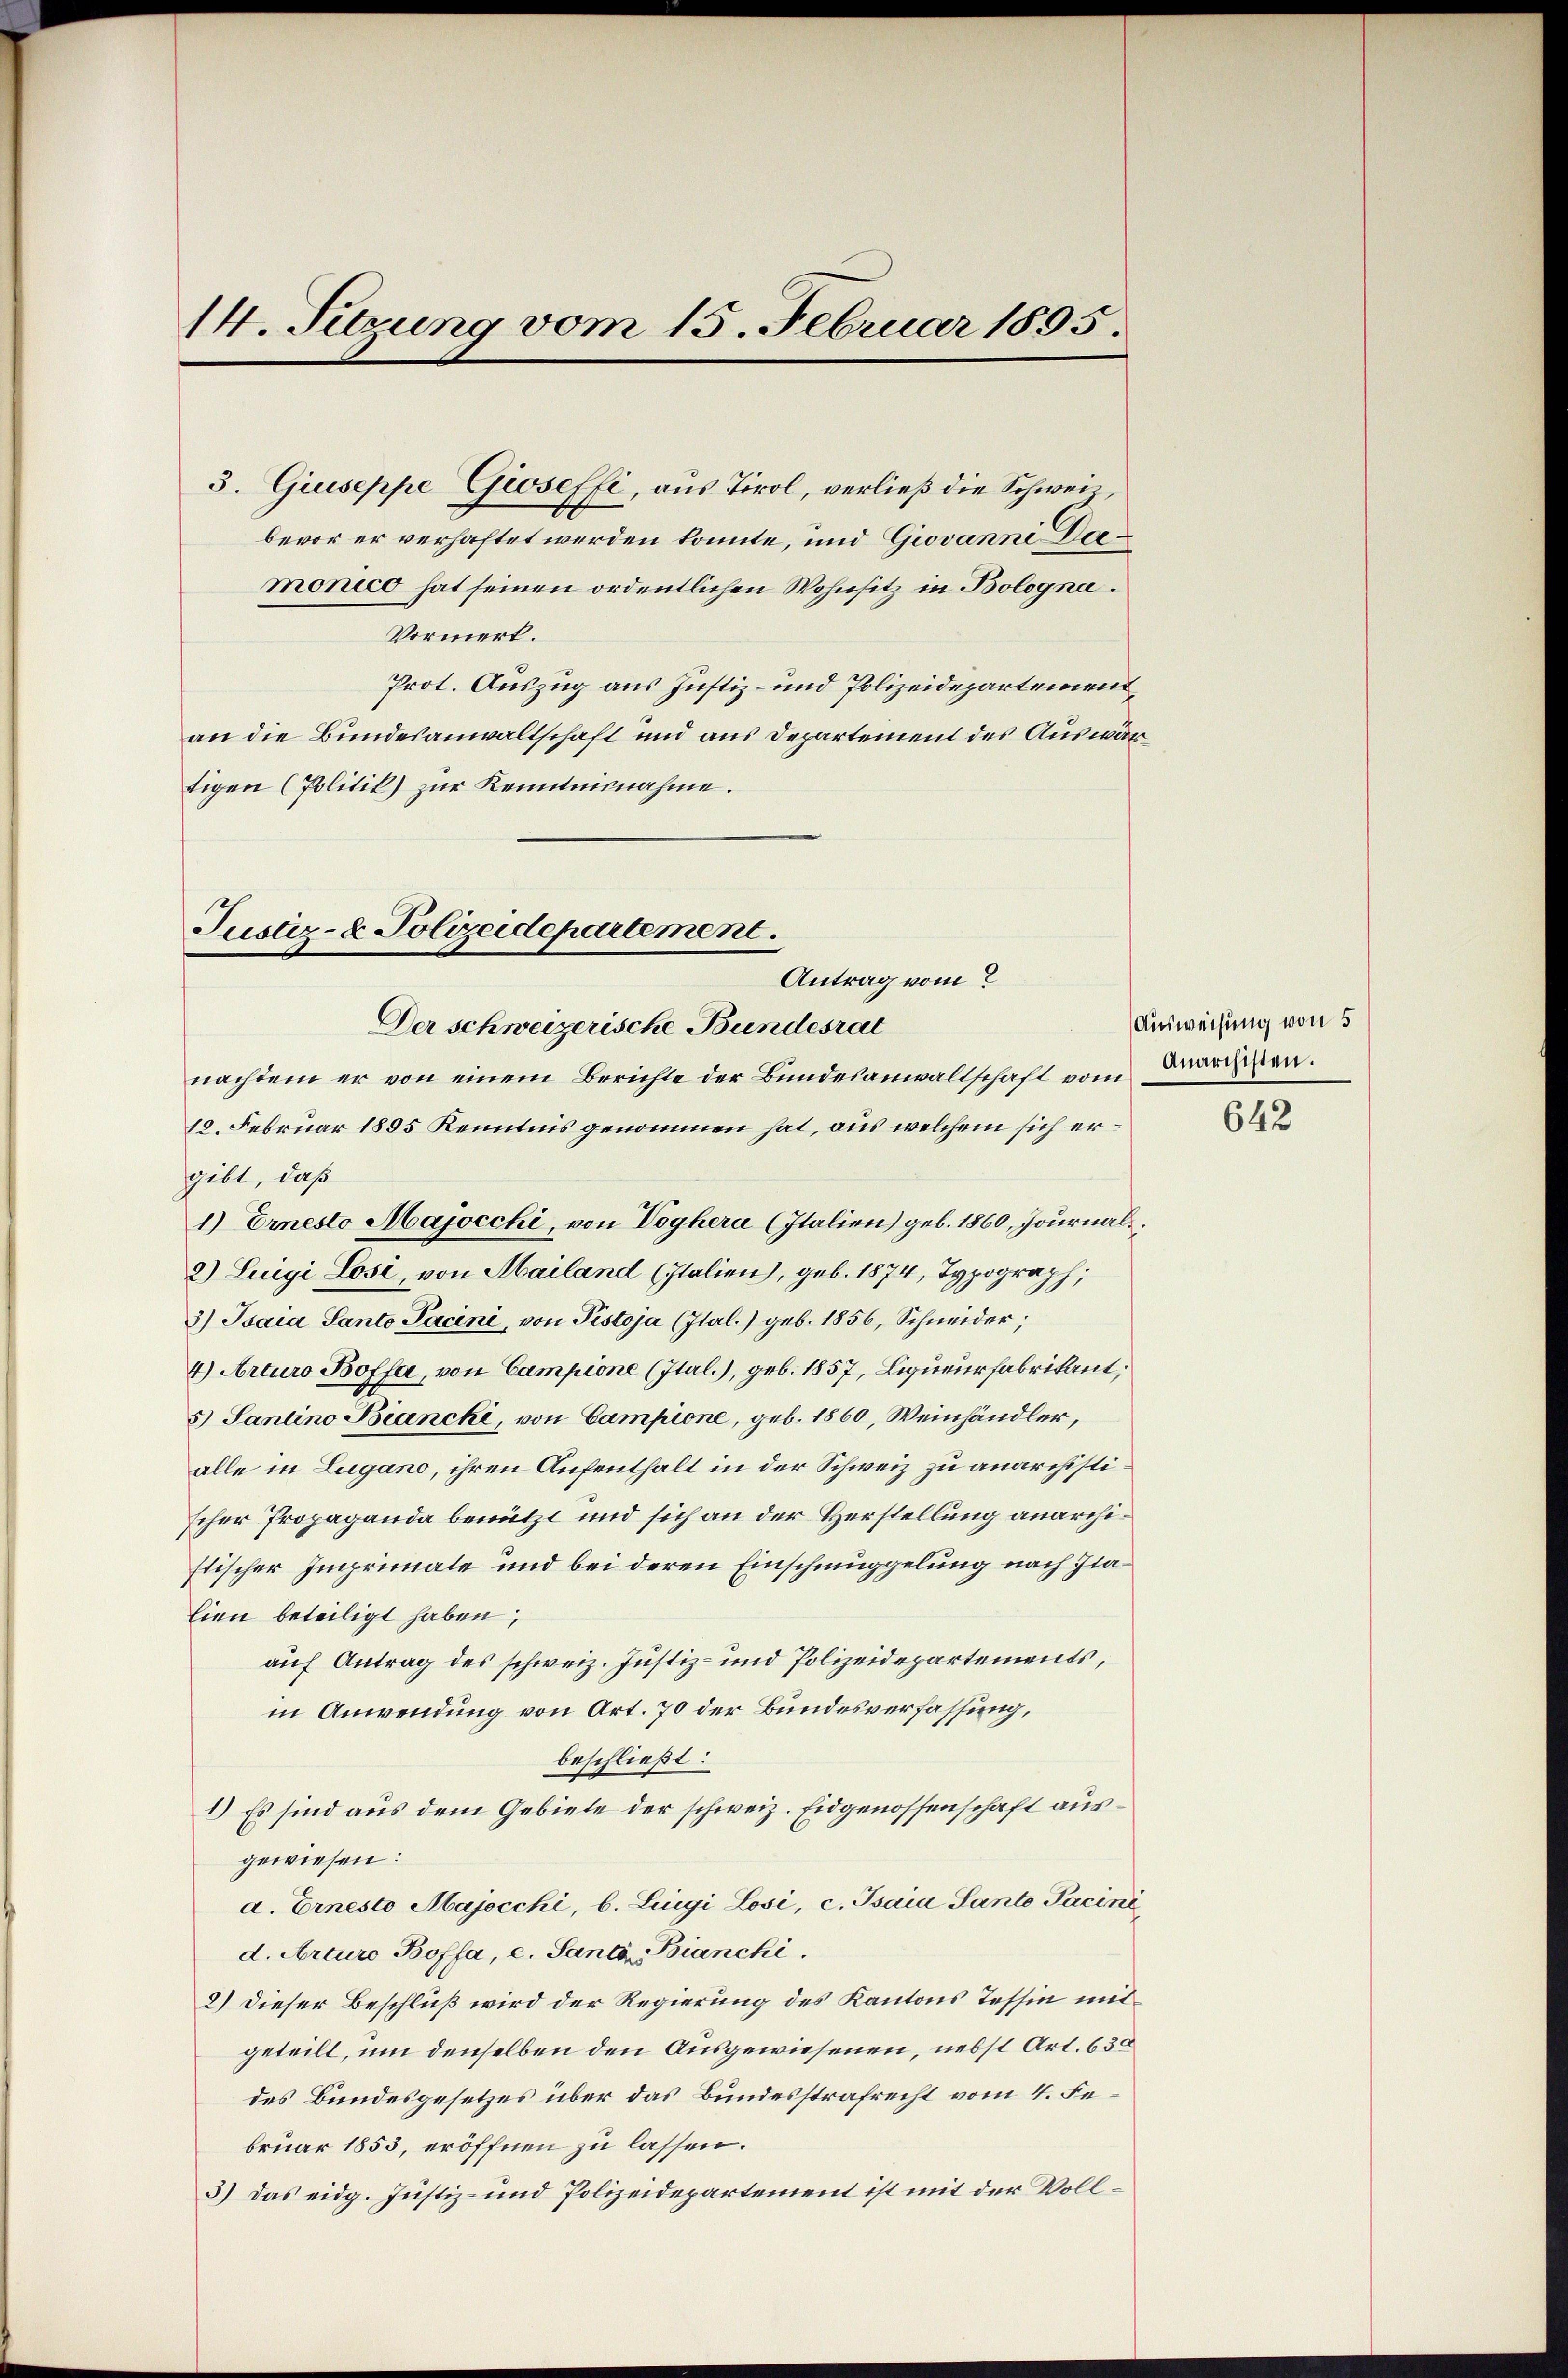
14. Sitzung vom 15. Februar 1895.
3. Giuseppe Gioseffi, aus Tirol, verließ die Schweibevor er verhaftet werden könnte, und Giovanni Dermonio hat seinen ordentlichen Wohnsitz in Bologna.
Vormerk.

Justiz- & Polizeidepartement.
Antrag vom
Der schweizerische Bundesrat

tigen (Politik) zur Kenntnisnahme.

Prot. Auszug aus Justiz- und Polizeidepartement
an die Bundesanwaltschaft und aus Departement des Auswär¬

nachdem er von einem Berichte der Bundesanwaltschaft vom
12. Februar 1895 Kenntnis genommen hat, aus welchem sich ergibt, daß
1.) Ernesto Majocchi, von Voghera (Italien) geb. 1860, Journal
2) Luigi Losi, von Mailand (Italien), geb. 1874, Typograph,
3) Taia Santo Pacini, von Pistoja (Ital.) geb. 1856, Schneider,
4) Arturo Boffa, von Campione (Ital.), geb. 1857, Liqueurfabrikant,
5) Santino Biancki, von Campione, geb. 1860, Weinhändler,
alle in Lugano, ihren Aufenthalt in der Schweiz zu anarchistischer Propaganda benutzt und sich an der Herstellung anarchistischer Imprimate und bei deren Einschmuggelung nach Jialien beteiligt haben,
auf Antrag des schweiz. Justiz- und Polizeidepartements,
in Anwendung von Art. 70 der Bundesverfassung,
beschließt:
1) Es sind aus dem Gebiete der schweiz. Eidgenossenschaft ausgewiesen:
d. Ernesto Majocchi, b. Luigi Losi, c. Psaia Sante Faciné
d. Arturo Boffa, c. Santa Bianchi.
2.) Dieser Beschluß wird der Regierung des Kantons Tessin mitgeteilt, um denselben den Ausgewiesenen, nebst Art. 630
des Bundesgesetzes über das Bundesstrafrecht vom 4. Februar 1853, eröffnen zu lassen.
3) Das eidg. Justiz- und Polizeidepartement ist mit der Voll¬

Ausweisung von 5
Anarchisten.

642